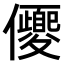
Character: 𠑍